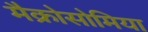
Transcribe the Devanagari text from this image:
मैक्रोसोमिया